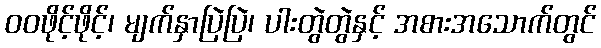
ဝဝဖိုင့်ဖိုင့်၊ မျက်နှာပြဲပြဲ၊ ပါးတွဲတွဲနှင့် အစားအသောက်တွင်